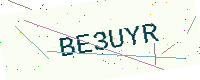
Text: BE3UYR